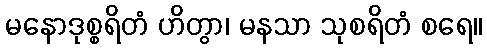
မနောဒုစ္စရိတံ ဟိတွာ၊ မနသာ သုစရိတံ စရေ။